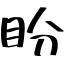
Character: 盼